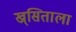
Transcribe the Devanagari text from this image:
ख्र्सिताला